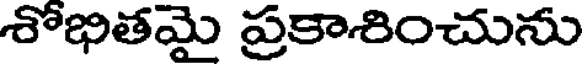
శోభితమై ప్రకాశించును